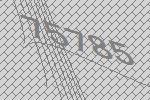
75785